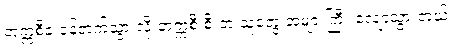
တက္ကစီခ ခုန်တက်သွားလို့ တက္ကစီ စီးတဲ့ သူတွေ အများကြီး လျော့သွားတယ်။